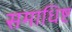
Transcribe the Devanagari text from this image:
समाधिष्ट